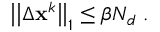
\big | \big | \Delta \mathbf { x } ^ { k } \big | \big | _ { 1 } \le \beta N _ { d } \mathrm { ~ . ~ }